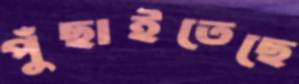
পুঁছাইতেছে